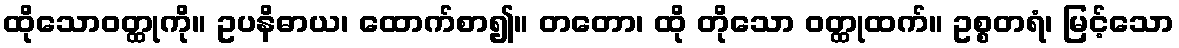
ထိုသောဝတ္ထုကို။ ဥပနိဓာယ၊ ထောက်စာ၍။ တတော၊ ထို တိုသော ဝတ္ထုထက်။ ဥစ္စတရံ၊ မြင့်သော